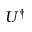
U ^ { \dag }